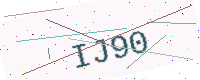
Text: IJ90